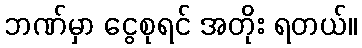
ဘဏ်မှာ ငွေစုရင် အတိုး ရတယ်။